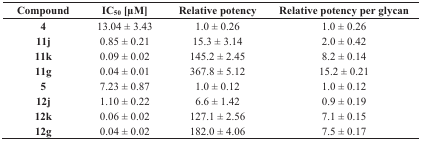
| Compound | IC50 [μM] | Relative potency | Relative potency per glycan |
 | --- | --- | --- | --- |
 | 4 | 13.04 ± 3.43 | 1.0 ± 0.26 | 1.0 ± 0.26 |
 | 11j | 0.85 ± 0.21 | 15.3 ± 3.14 | 2.0 ± 0.42 |
 | 11k | 0.09 ± 0.02 | 145.2 ± 2.45 | 8.2 ± 0.14 |
 | 11g | 0.04 ± 0.01 | 367.8 ± 5.12 | 15.2 ± 0.21 |
 | 5 | 7.23 ± 0.87 | 1.0 ± 0.12 | 1.0 ± 0.12 |
 | 12j | 1.10 ± 0.22 | 6.6 ± 1.42 | 0.9 ± 0.19 |
 | 12k | 0.06 ± 0.02 | 127.1 ± 2.56 | 7.1 ± 0.15 |
 | 12g | 0.04 ± 0.02 | 182.0 ± 4.06 | 7.5 ± 0.17 |